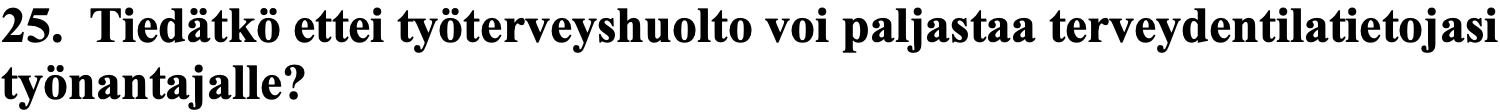
25. Tiedätkö ettei työterveyshuolto voi paljastaa terveydentilatietojasi työnantajalle?